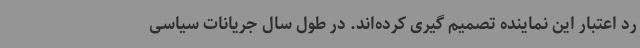
رد اعتبار این نماینده تصمیم گیری کرده‌اند. در طول سال جریانات سیاسی